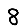
Digit: 8